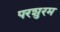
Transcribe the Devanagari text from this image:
परशुरम